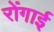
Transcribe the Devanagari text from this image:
रोंगाई